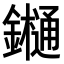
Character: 𨯁